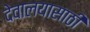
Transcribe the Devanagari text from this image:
देवालयासाठी